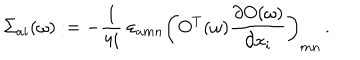
\Sigma _ { a i } ( \omega ) : = - \frac { 1 } { 4 i } \ \varepsilon _ { a m n } \left( O ^ { T } ( \omega ) \frac { \partial O ( \omega ) } { \partial x _ { i } } \right) _ { m n } \, .